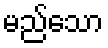
မည်သော